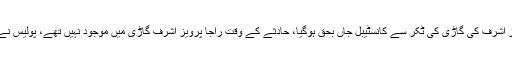
22ستمبر 2018ء) سابق وزیراعظم راجا پرویز اشرف کی گاڑی کی ٹکر سے کانسٹیبل جاں بحق ہوگیا، حادثے کے وقت راجا پرویز اشرف گاڑی میں موجود نہیں تھے، پولیس نے ڈرائیور کوگرفتار کے تھانے منتقل کردیا ہے۔